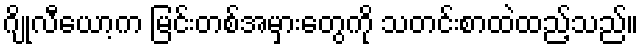
ဂျိုလီယော့က မြင်းတစ်အမှားတွေကို သတင်းစာထဲထည့်သည်။